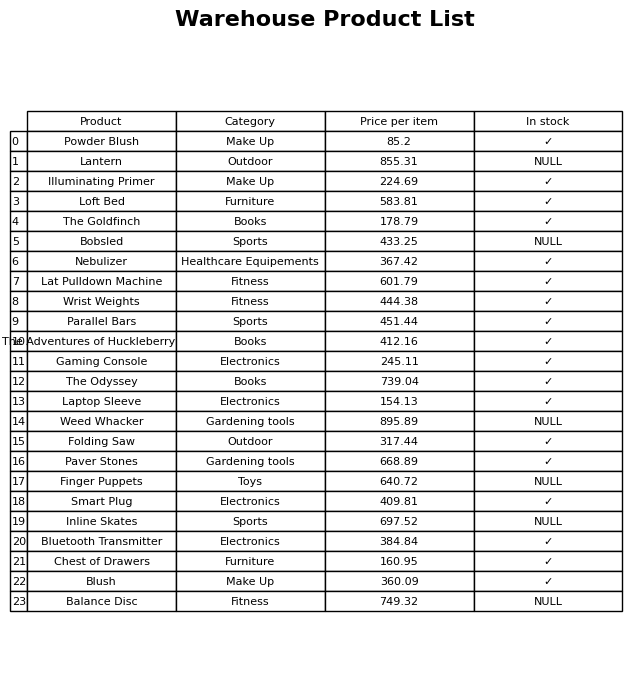
question: What is the price of the Paver Stones?
answer: The price of Paver Stones is 668.89.